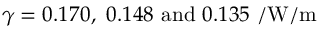
\gamma = 0 . 1 7 0 , \ 0 . 1 4 8 \ \mathrm { a n d } \ 0 . 1 3 5 \ \mathrm { / W / m }